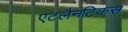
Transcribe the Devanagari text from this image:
एटलैनटिकस